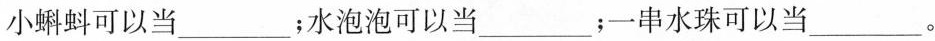
小蝌蚪可以当___；水泡泡可以当___；一串水珠可以当___。